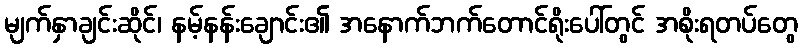
မျက်နှာချင်းဆိုင်၊ နမ့်နန်းချောင်း၏ အနောက်ဘက်တောင်ရိုးပေါ်တွင် အစိုးရတပ်တွေ